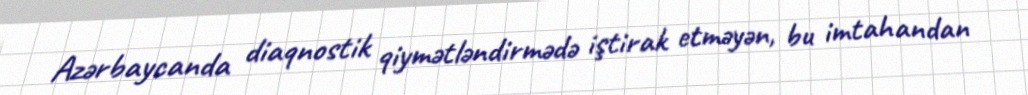
Azərbaycanda diaqnostik qiymətləndirmədə iştirak etməyən, bu imtahandan